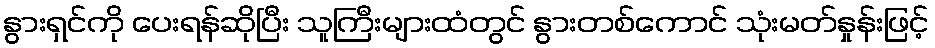
နွားရှင်ကို ပေးရန်ဆိုပြီး သူကြီးများထံတွင် နွားတစ်ကောင် သုံးမတ်နှုန်းဖြင့်